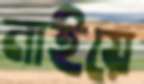
নাইয়ে